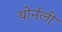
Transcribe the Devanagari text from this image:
थोर्नली